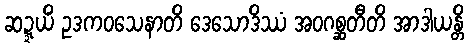
ဆဍ္ဍယိံ ဥဒကဝသေနာတိ ဒေသောဒိဿံ အဝဂစ္ဆတီတိ အာဒါယန္တိ